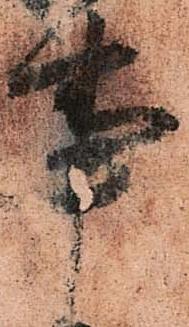
事